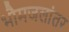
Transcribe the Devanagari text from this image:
भौमजलांतर